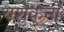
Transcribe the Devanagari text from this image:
यशुकुनी